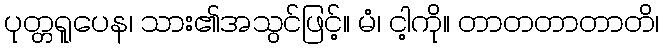
ပုတ္တရူပေန၊ သား၏အသွင်ဖြင့်။ မံ၊ ငါ့ကို။ တာတတာတာတိ၊